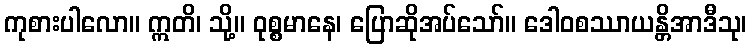
ကုစားပါလော။ ဣတိ၊ သို့။ ဝုစ္စမာနေ၊ ပြောဆိုအပ်သော်။ ဒေါဝစဿာယန္တိအာဒီသု၊